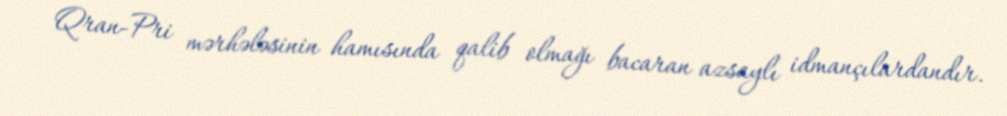
Qran-Pri mərhələsinin hamısında qalib olmağı bacaran azsaylı idmançılardandır.